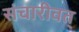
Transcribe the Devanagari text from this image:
संचारीवत्